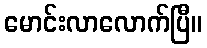
မောင်းလာလောက်ပြီ။